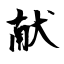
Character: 献